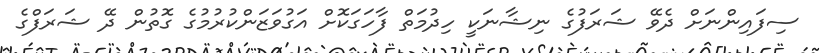
ސިފައިންނަށް ދެވޭ ޝަރަފުގެ ނިޝާނަކީ ހިދުމަތް ފާހަގަކޮށް އަގުވަޒަންކުރުމުގެ ގޮތުން ދޭ ޝަރަފްގެ